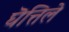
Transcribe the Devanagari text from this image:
घॆत्तिले